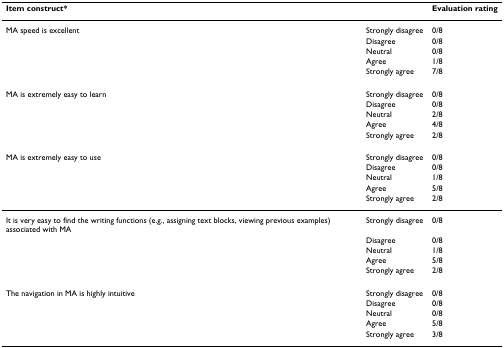
<table><thead><tr><td><b>Item construct*</b></td><td></td><td><b>Evaluation rating</b></td></tr></thead><tbody><tr><td>MA speed is excellent</td><td>Strongly disagree</td><td>0/8</td></tr><tr><td></td><td>Disagree</td><td>0/8</td></tr><tr><td></td><td>Neutral</td><td>0/8</td></tr><tr><td></td><td>Agree</td><td>1/8</td></tr><tr><td></td><td>Strongly agree</td><td>7/8</td></tr><tr><td>MA is extremely easy to learn</td><td>Strongly disagree</td><td>0/8</td></tr><tr><td></td><td>Disagree</td><td>0/8</td></tr><tr><td></td><td>Neutral</td><td>2/8</td></tr><tr><td></td><td>Agree</td><td>4/8</td></tr><tr><td></td><td>Strongly agree</td><td>2/8</td></tr><tr><td>MA is extremely easy to use</td><td>Strongly disagree</td><td>0/8</td></tr><tr><td></td><td>Disagree</td><td>0/8</td></tr><tr><td></td><td>Neutral</td><td>1/8</td></tr><tr><td></td><td>Agree</td><td>5/8</td></tr><tr><td></td><td>Strongly agree</td><td>2/8</td></tr><tr><td>It is very easy to find the writing functions (e.g., assigning text blocks, viewing previous examples) associated with MA</td><td>Strongly disagree</td><td>0/8</td></tr><tr><td></td><td>Disagree</td><td>0/8</td></tr><tr><td></td><td>Neutral</td><td>1/8</td></tr><tr><td></td><td>Agree</td><td>5/8</td></tr><tr><td></td><td>Strongly agree</td><td>2/8</td></tr><tr><td>The navigation in MA is highly intuitive</td><td>Strongly disagree</td><td>0/8</td></tr><tr><td></td><td>Disagree</td><td>0/8</td></tr><tr><td></td><td>Neutral</td><td>0/8</td></tr><tr><td></td><td>Agree</td><td>5/8</td></tr><tr><td></td><td>Strongly agree</td><td>3/8</td></tr></tbody></table>